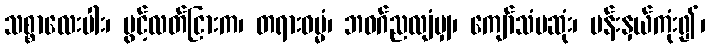
သစ္စာလေးပါး၊ ပွင့်လတ်ငြားက၊ တရားဓမ္မံ၊ ဘဝဂ်ညလျံမျှ၊ ကျော်သံမဆုံး၊ ပန်းနှယ်ကုံး၍၊